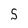
Character: 5